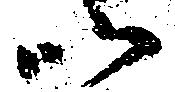
以